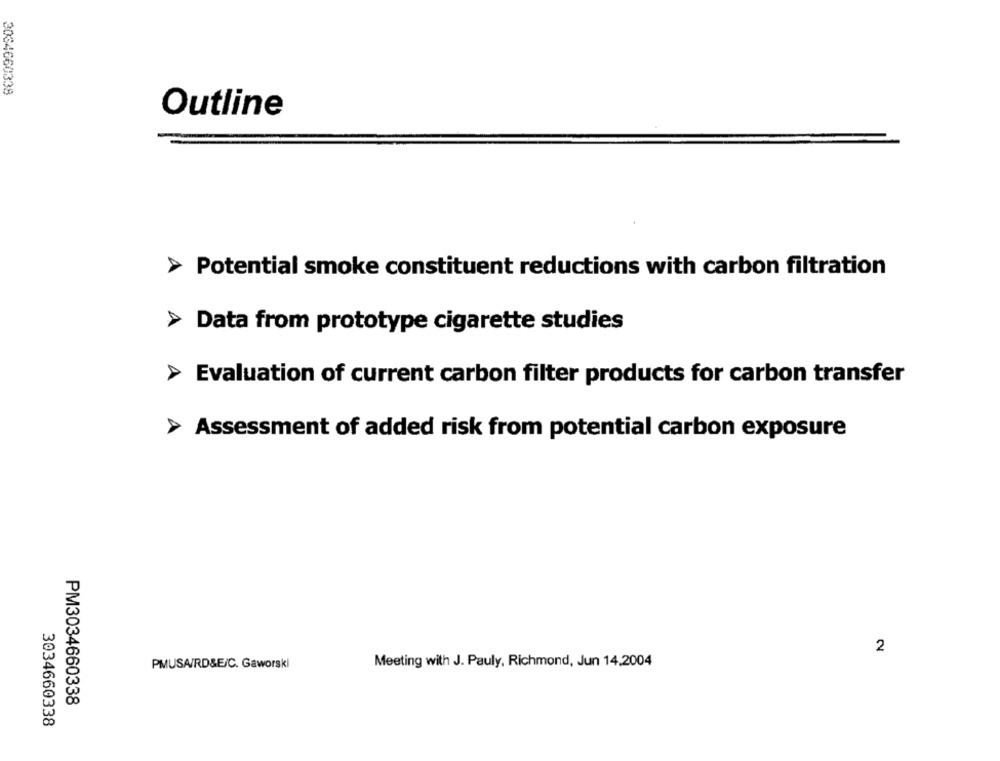
2034660338
Outline
Potential smoke constituent reductions with carbon filtration
Data from prototype cigarette studies
> Evaluation of current carbon filter products for carbon transfer
> Assessment of added risk from potential carbon exposure
2
PMUSA/RD&E/C. Gaworski
Meeting with J. Pauly, Richmond, Jun 14,2004
PM3034660338
3034660338